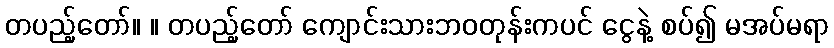
တပည့်တော်။ ။ တပည့်တော် ကျောင်းသားဘဝတုန်းကပင် ငွေနဲ့ စပ်၍ မအပ်မရာ